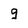
Character: g